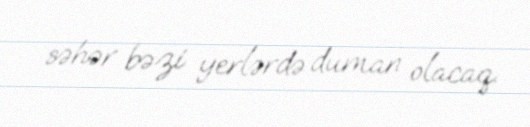
səhər bəzi yerlərdə duman olacaq.